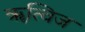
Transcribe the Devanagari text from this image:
ॠत्विज